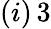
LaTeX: (i)\, 3